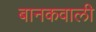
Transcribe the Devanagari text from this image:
बानकवाली